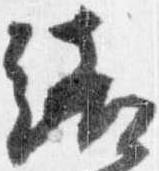
結